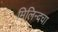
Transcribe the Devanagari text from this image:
मिलिन्दचा